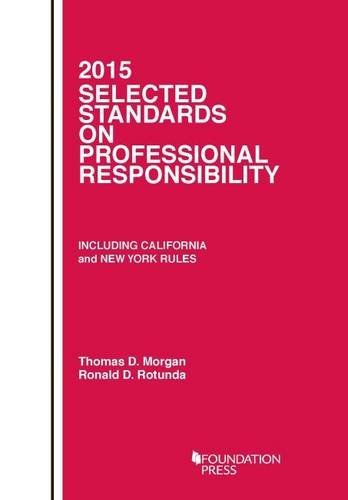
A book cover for Selected Standards on Professional Responsibility (Selected Statutes); Thomas Morgan; Law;